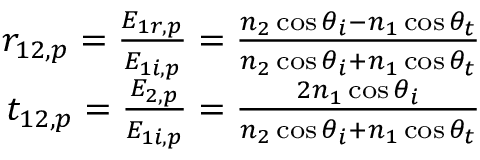
\begin{array} { r } { r _ { 1 2 , p } = \frac { E _ { 1 r , p } } { E _ { 1 i , p } } = \frac { n _ { 2 } \cos \theta _ { i } - n _ { 1 } \cos \theta _ { t } } { n _ { 2 } \cos \theta _ { i } + n _ { 1 } \cos \theta _ { t } } } \\ { t _ { 1 2 , p } = \frac { E _ { 2 , p } } { E _ { 1 i , p } } = \frac { 2 n _ { 1 } \cos \theta _ { i } } { n _ { 2 } \cos \theta _ { i } + n _ { 1 } \cos \theta _ { t } } } \end{array}